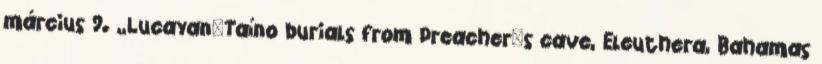
március 9. „Lucayan–Taíno burials from Preacher's cave, Eleuthera, Bahamas